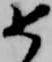
如